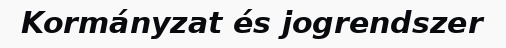
Kormányzat és jogrendszer